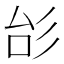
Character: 㣍